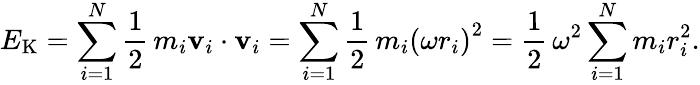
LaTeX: E_{\mathrm{K}}=\sum_{i=1}^{N}{\frac{1}{2}}\, m_{i}\mathbf{v}_{i}\cdot\mathbf{v}_{i}=\sum_{i=1}^{N}{\frac{1}{2}}\, m_{i}\left(\omega r_{i}\right)^{2}={\frac{1}{2}}\, \omega^{2}\sum_{i=1}^{N}m_{i}r_{i}^{2}.